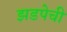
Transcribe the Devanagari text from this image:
झडपेची